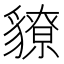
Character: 䝤